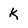
Character: k